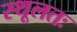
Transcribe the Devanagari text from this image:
स्थूलतः